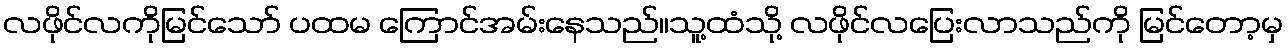
လဖိုင်လကိုမြင်သော် ပထမ ကြောင်အမ်းနေသည်။သူ့ထံသို့ လဖိုင်လပြေးလာသည်ကို မြင်တော့မှ